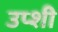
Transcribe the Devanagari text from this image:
उप्शी